DOW-UAP-D74, Mission Report, Syria, November 2023
Agency: Department of War
Incident date: 11/9/23
Incident location: Syria
Page 1
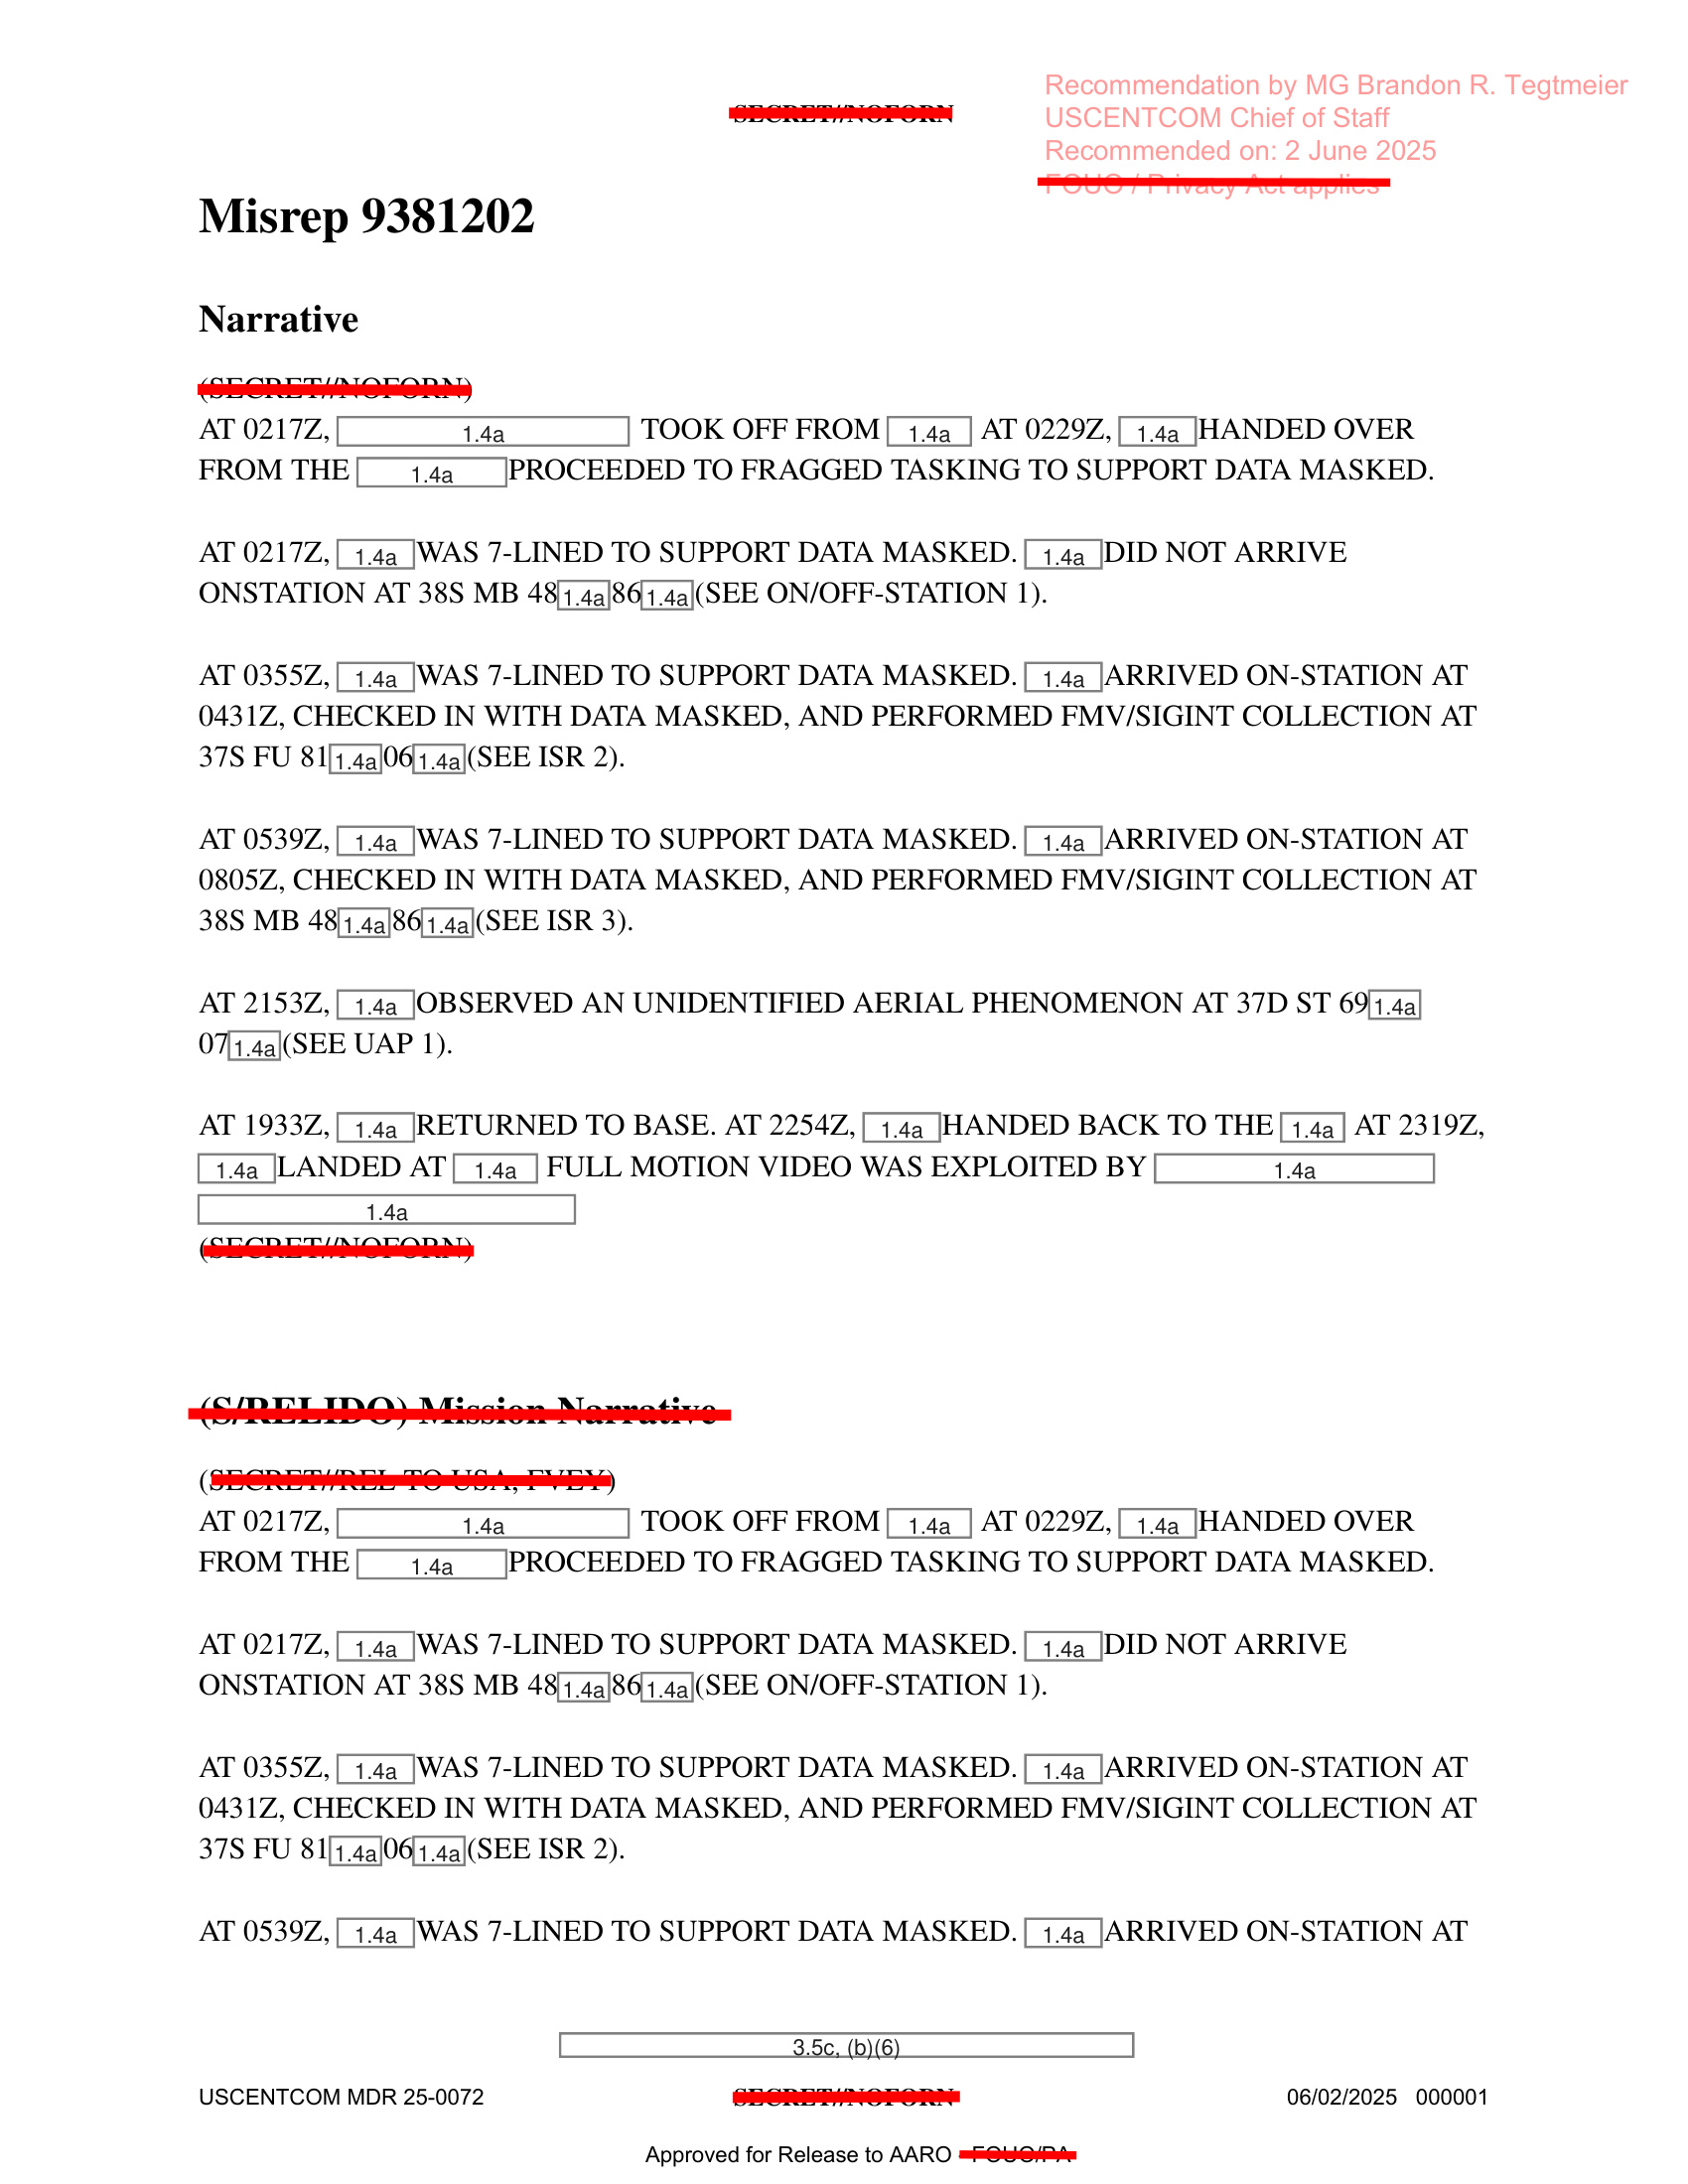